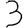
Digit: 3